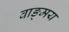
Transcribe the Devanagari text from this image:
वाङ्‍मय